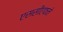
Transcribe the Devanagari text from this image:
एससीएफने